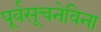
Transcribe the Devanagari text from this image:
पूर्वसूचनेविना